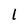
Character: l